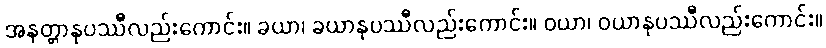
အနတ္တာနုပဿီလည်းကောင်း။ ခယာ၊ ခယာနုပဿီလည်းကောင်း။ ဝယာ၊ ဝယာနုပဿီလည်းကောင်း။